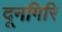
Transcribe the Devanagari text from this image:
दूनगिरि